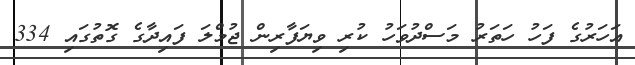
އަހަރުގެ ފަހު ހަތަރު މަސްދުވަހު ކުރި ވިޔަފާރިން ޖުމްލަ ފައިދާގެ ގޮތުގައި 334